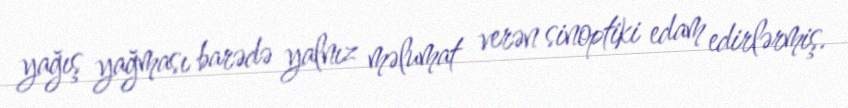
yağış yağması barədə yalnız məlumat verən sinoptiki edam edirlərmiş.